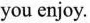
you enjoy.